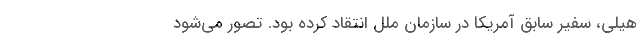
هیلی، سفیر سابق آمریکا در سازمان ملل انتقاد کرده بود. تصور می‌شود